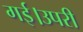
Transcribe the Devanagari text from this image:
गई।उपरी